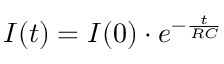
I ( t ) = I ( 0 ) \cdot e ^ { - \frac { t } { R C } }